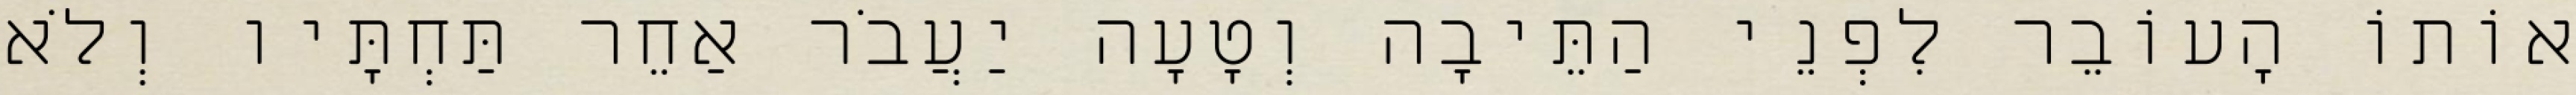
אוֹתוֹ הָעוֹבֵר לִפְנֵי הַתֵּיבָה וְטָעָה יַעֲבֹר אַחֵר תַּחְתָּיו וְלֹא